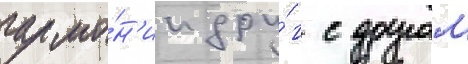
гармо́н'ии дру́г с другом